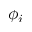
\phi _ { i }